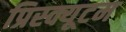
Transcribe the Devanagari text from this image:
प्रिस्क्यूटम